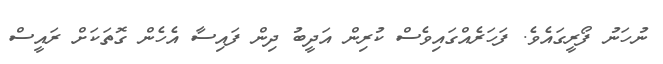
ނުހަނު ފޯރީގައެވެ. ފަހަރެއްގައިވެސް ކުރިން އަދީބު ދިން ފައިސާ އެހެން ގޮތަކަށް ރައީސް